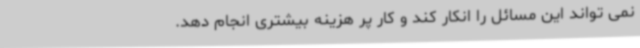
نمی تواند این مسائل را انکار کند و کار پر هزینه بیشتری انجام دهد.